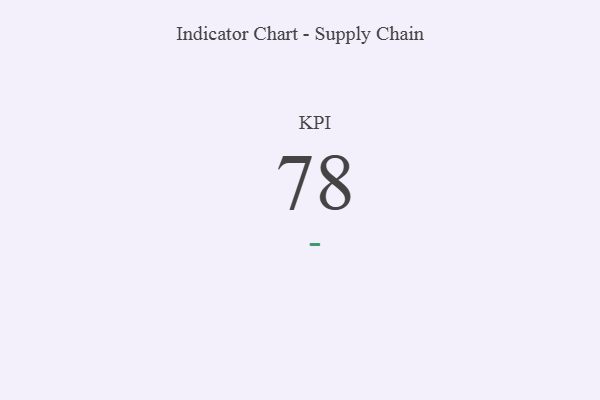
{"axis": {"x": "KPI", "y": "Value"}, "legend": [""], "data": [{"x": "KPI", "y": 78, "type": ""}]}